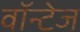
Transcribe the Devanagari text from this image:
वॉन्टेज